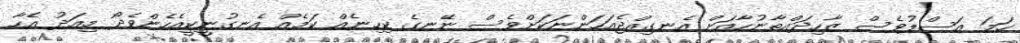
ހަމަ އަސްލުވެސް ޒާހިދައްތާނުހާއަށް އެނގިއްޖެއަހަންނަކަށްވެސް ނޭނގެ ކިހިނެއް ކަމެއް އެނގުނީކީއެހެންވެދޯ މިއަދު އެހާ